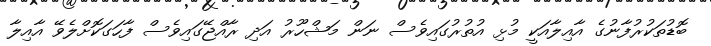
ބޮޑުތަކުރުފާނުގެ އާއިލާއަކީ މުޅި އުތުރުގައިވެސް ނަން މަޝްހޫރު އަދި ރާއްޖޭގައިވެސް ފާހަގަކޮށްލެވޭ އާއިލާ